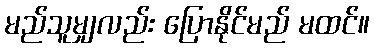
မည်သူမျှလည်း ပြောနိုင်မည် မထင်။